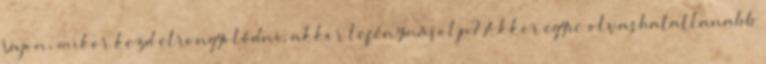
Vajon, mikor kezd elrongyolódni, akkor lefénymásolja? Akkor egyre olvashatatlanabb